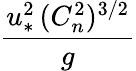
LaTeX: \frac{u_{*}^{2}\, (C_{n}^{2})^{3/2}}{g}